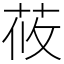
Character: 莜